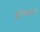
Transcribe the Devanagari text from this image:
क्लीच्याच